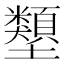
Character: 𡔇